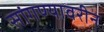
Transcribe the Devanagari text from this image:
सांगण्यावरीन